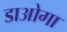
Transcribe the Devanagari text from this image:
डाओगा